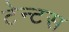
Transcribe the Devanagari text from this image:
टेन्टस